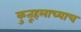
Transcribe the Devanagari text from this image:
कुतूहलाच्याच